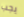
يجب